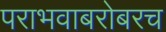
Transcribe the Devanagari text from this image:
पराभवाबरोबरच